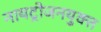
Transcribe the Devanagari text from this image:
नायट्रोजनयुक्त